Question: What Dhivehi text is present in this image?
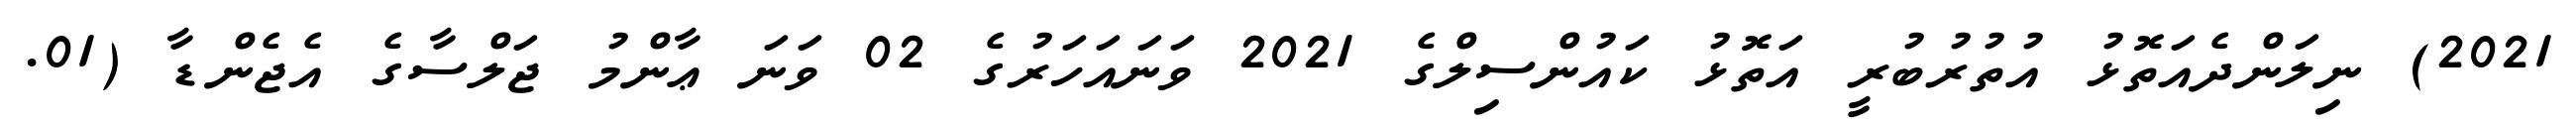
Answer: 2021) ނިލަންދެއަތޮޅު އުތުރުބުރީ އަތޮޅު ކައުންސިލްގެ 2021 ވަނައަހަރުގެ 02 ވަނަ ޢާންމު ޖަލްސާގެ އެޖެންޑާ (01.